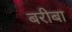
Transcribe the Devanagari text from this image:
बरीबा